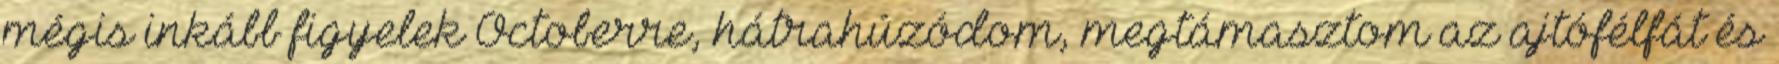
mégis inkább figyelek Octoberre, hátrahúzódom, megtámasztom az ajtófélfát és